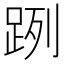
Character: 𨀺